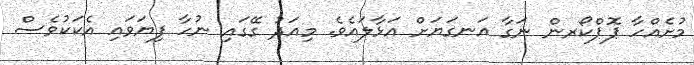
މުށެއްހާ ޕޮޕްކޯރން ނަގާ އަނގަޔަށް އަޅާލައެވެ. މިއަދު ގޭގައި ނުހާ ފިޔަވައި އެކަކުވެސް